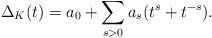
LaTeX: \begin{align*}\Delta_K(t) = a_0 + \sum_{s>0}a_s(t^s + t^{-s}).\end{align*}